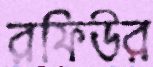
রফিউর